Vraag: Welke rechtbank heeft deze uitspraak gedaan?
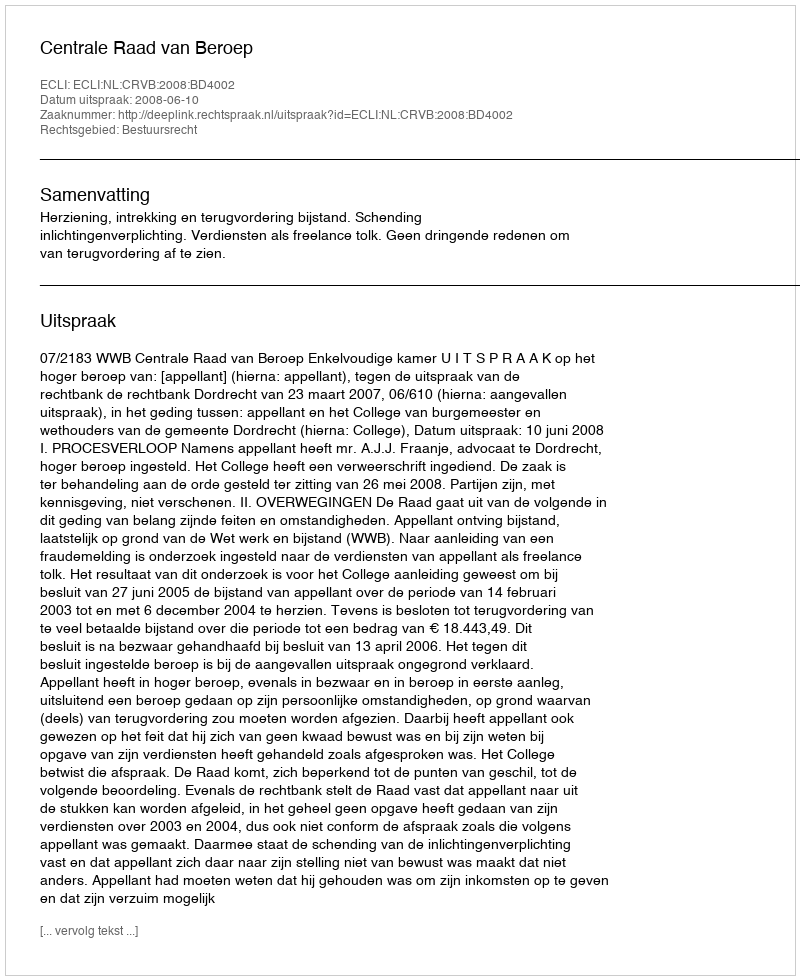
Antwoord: Centrale Raad van Beroep